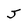
Character: J